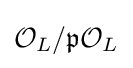
{\mathcal {O}}_{L}/{\mathfrak {p}}{\mathcal {O}}_{L}